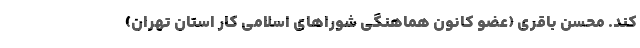
کند. محسن باقری (عضو کانون هماهنگی شوراهای اسلامی کار استان تهران)